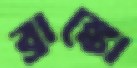
ব্রাঙ্কো